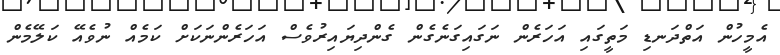
އެމީހުން އަތްދަނޑި މަތީގައި އަހަރެން ނަގައިގަނެގެން ގެންދިޔައިރުވެސް އަހަރެންނަކަށް ކަމެއް ނުވެއޭ ކަލޭމެން